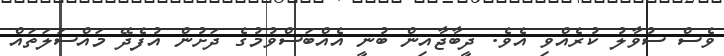
ވެސް ސުވާލު ކުރެއްވި އެވެ. ދީބާޖާއިން ބުނީ އެއްބަސްވުމުގެ ދަށުން އުފެދޭ މައްސަލަތައް